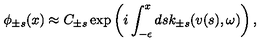
\phi _ { \pm s } ( x ) \approx C _ { \pm s } \exp \left( i \int _ { - \epsilon } ^ { x } d s k _ { \pm s } ( v ( s ) , \omega ) \right) ,